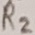
Text: R2